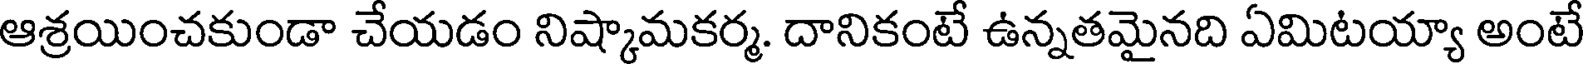
ఆశ్రయించకుండా చేయడం నిష్కామకర్మ. దానికంటే ఉన్నతమైనది ఏమిటయ్యా అంటే